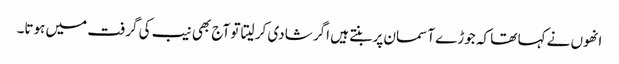
انھوں نے کہا تھا کہ جوڑے آسمان پر بنتے ہیں اگر شادی کر لیتا تو آج بھی نیب کی گرفت میں ہوتا۔